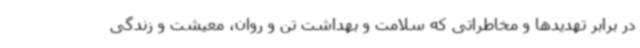
در برابر تهدیدها و مخاطراتی که سلامت و بهداشت تن و روان، معیشت و زندگی